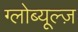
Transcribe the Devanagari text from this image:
ग्लोब्यूल्ज़